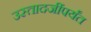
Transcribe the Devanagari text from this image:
उस्तादजींपर्यंत